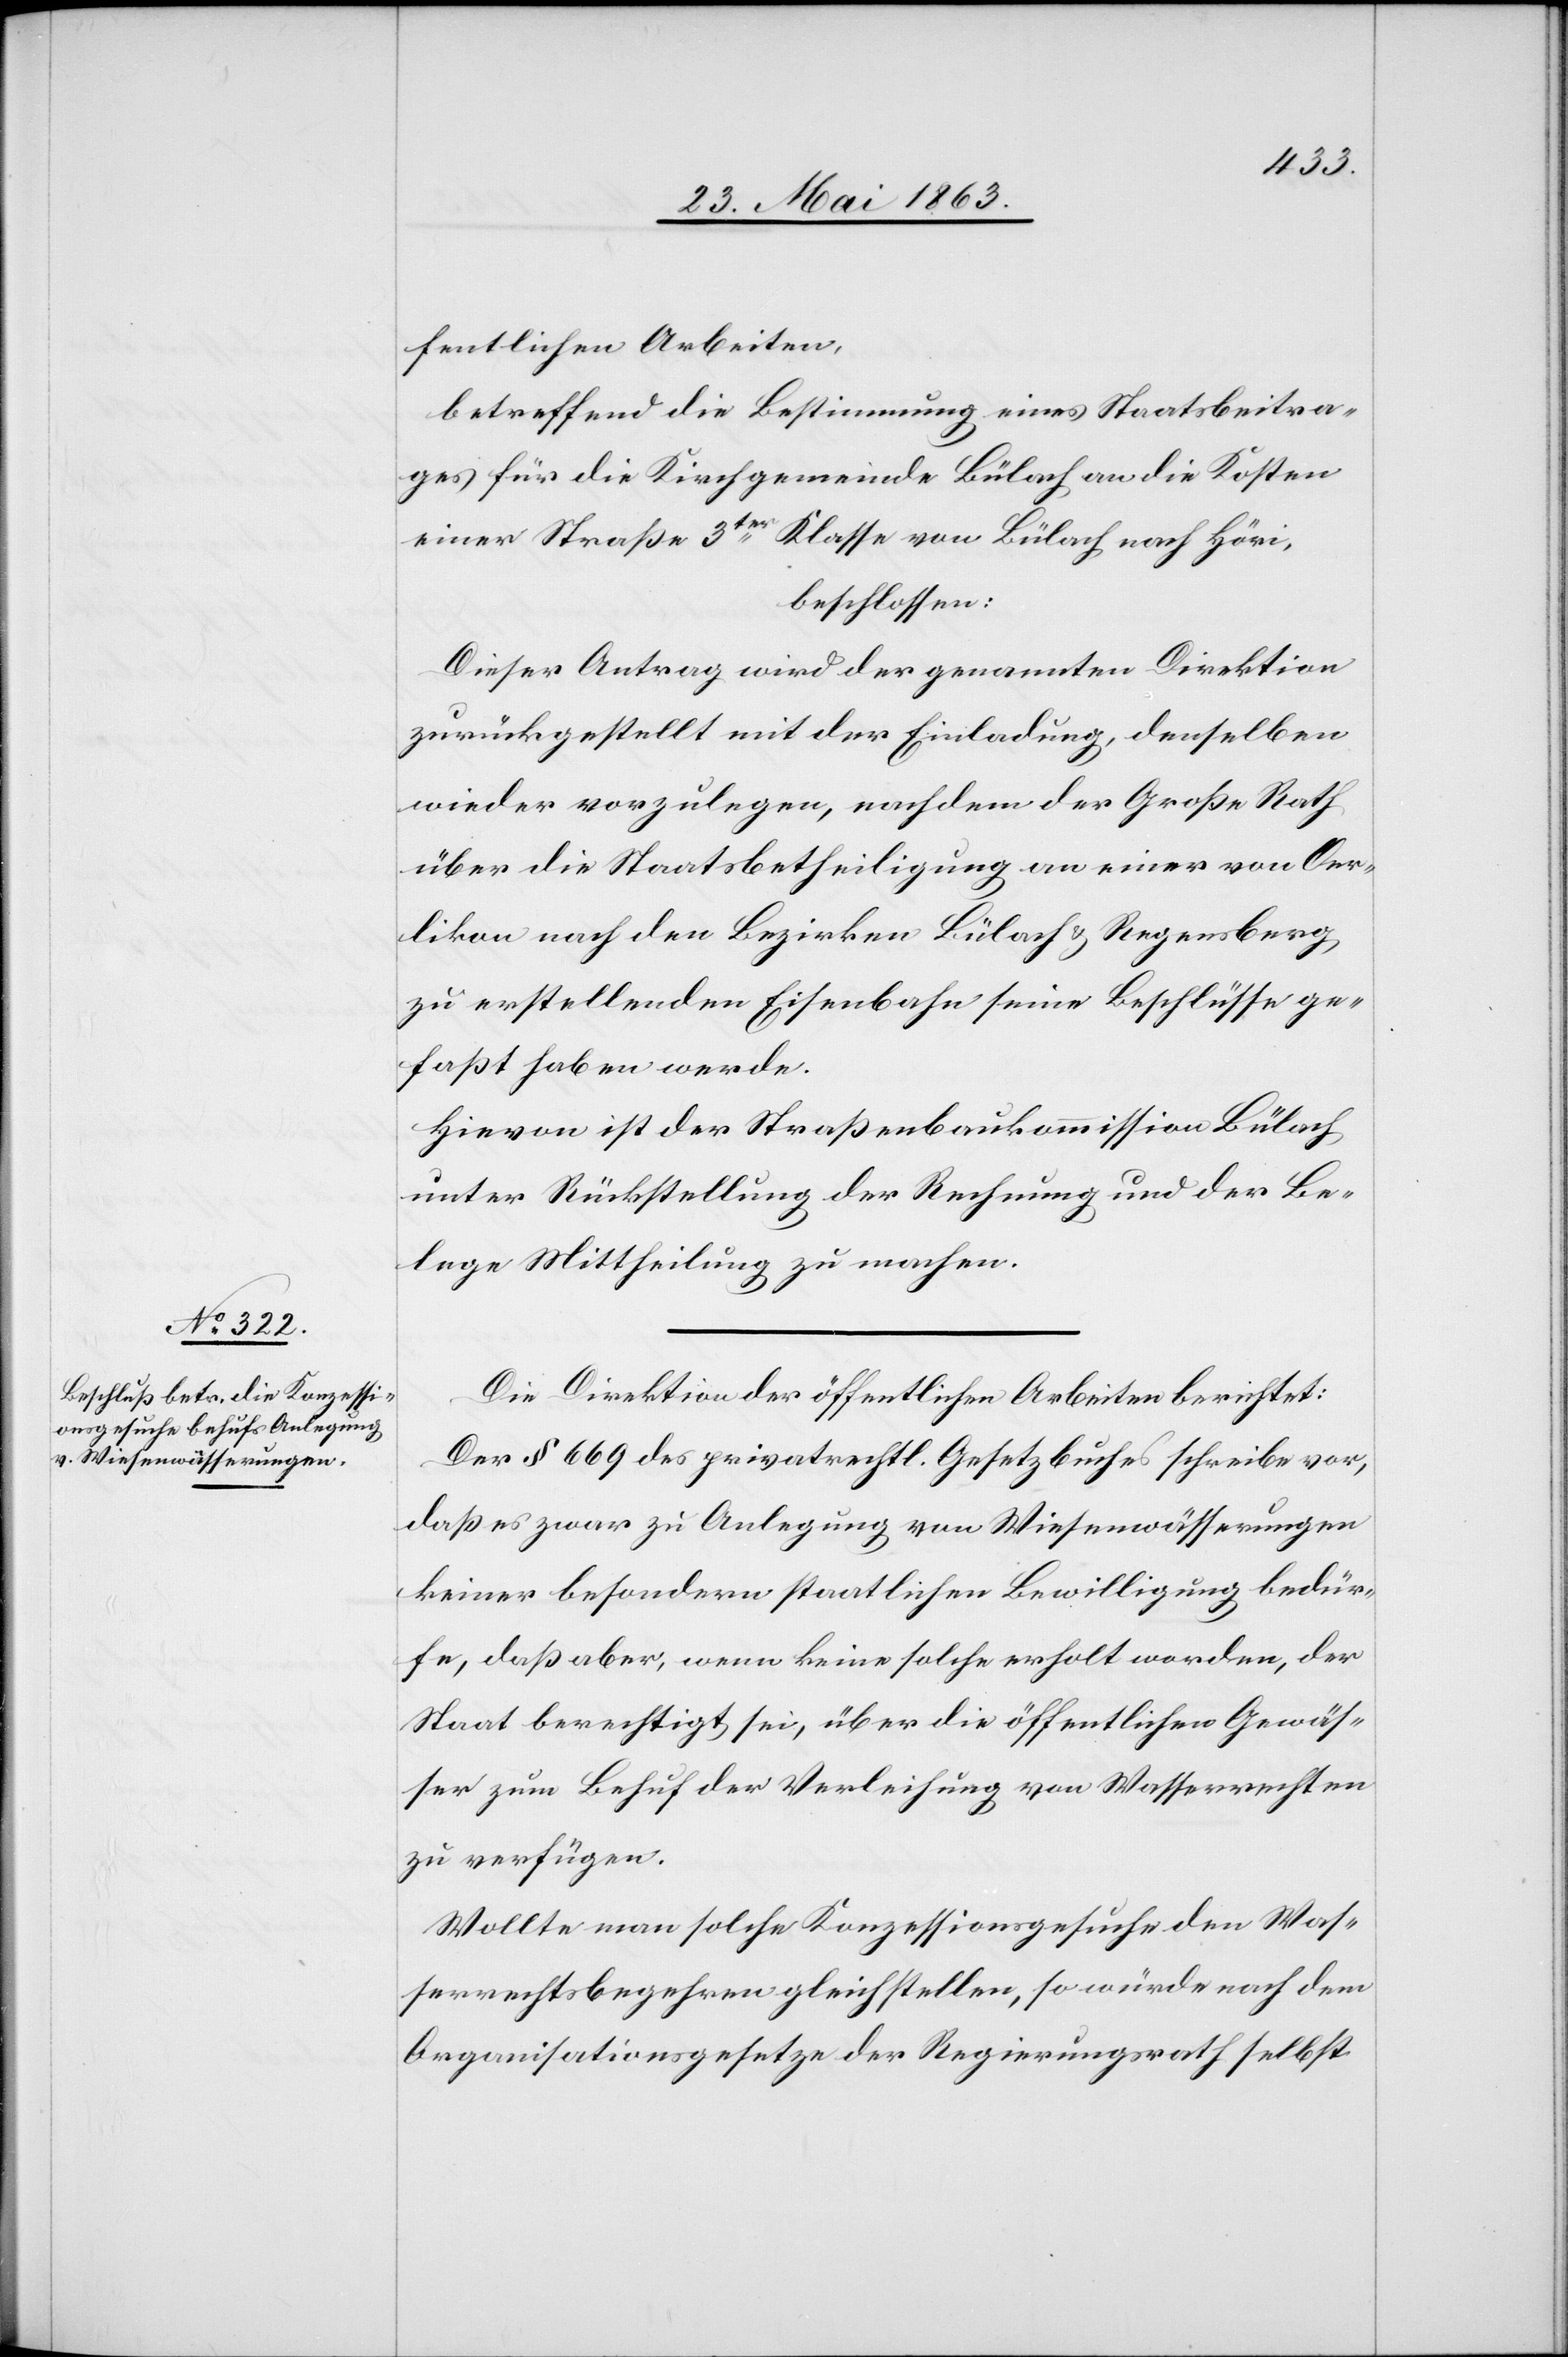
fentlichen Arbeiten,
betreffend die Bestimmung eines Staatsbeitra¬
ges für die Kirchgemeinde Bülach an die Kosten
einer Straße 3ter Klasse von Bülach nach Höri,
beschlossen:
Dieser Antrag wird der genannten Direktion
zurückgestellt mit der Einladung, denselben
wieder vorzulegen, nachdem der Große Rath
über die Staatsbetheiligung an einer von Oer¬
likon nach den Bezirken Bülach & Regensberg
zu erstellenden Eisenbahn seine Beschlüsse ge¬
faßt haben werde.
Hievon ist der Straßenbaukommission Bülach
unter Rückstellung der Rechnung und der Be¬
lege Mittheilung zu machen.
Die Direktion der öffentlichen Arbeiten berichtet:
Der § 669 des privatrechtl. Gesetzbuches schreibe vor,
daß es zwar zu Anlegung von Wiesenwässerungen
keiner besondern staatlichen Bewilligung bedür¬
fe, daß aber, wenn keine solche erholt worden, der
Staat berechtigt sei, über die öffentlichen Gewäs¬
ser zum Behuf der Verleihung von Wasserrechten
zu verfügen.
Wollte man solche Konzessionsgesuche den Was¬
serrechtsbegehren gleichstellen, so würde nach dem
Organisationsgesetze der Regierungsrath selbst